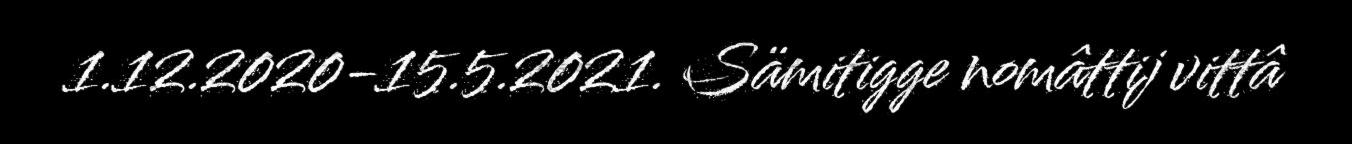
1.12.2020-15.5.2021. Sämitigge nomâttij vittâ